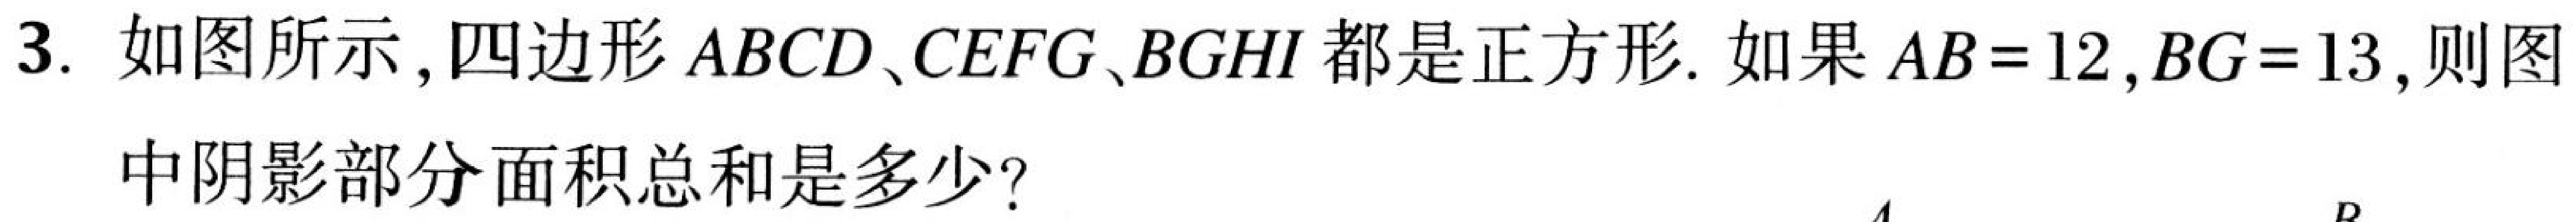
3. 如图所示,四边形 \(ABCD、CEFG、BGHI\) 都是正方形. 如果 \(AB = 12,BG = 13\),则图
中阴影部分面积总和是多少?